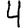
Digit: 4